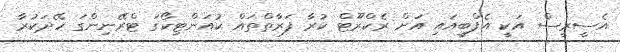
އެސީރީސް އަކީ އެފްބީއައި އަށް ރެކްރޫޓް ކުރާ ފަރާތްތައް ކުއަންޓިކޯގަ ޓްރޭނިންގަ ހޭދަކުރާ